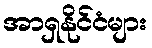
အာရှနိုင်ငံများ